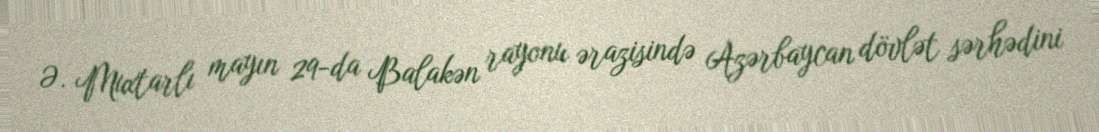
Ə. Muxtarlı mayın 29-da Balakən rayonu ərazisində Azərbaycan dövlət sərhədini